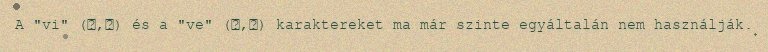
A "vi" (ゐ,ヰ) és a "ve" (ゑ,ヱ) karaktereket ma már szinte egyáltalán nem használják.